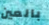
بالعين